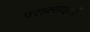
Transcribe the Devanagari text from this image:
पराक्साइडों